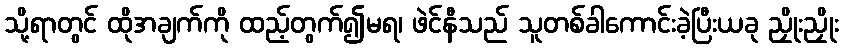
သို့ရာတွင် ထိုအချက်ကို ထည့်တွက်၍မရ၊ ဖဲင်နီသည် သူတစ်ခါကောင်းခဲ့ပြီးယခု ညှိုးညှိုး